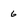
Character: 6